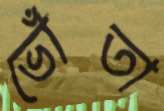
ভোঁতা